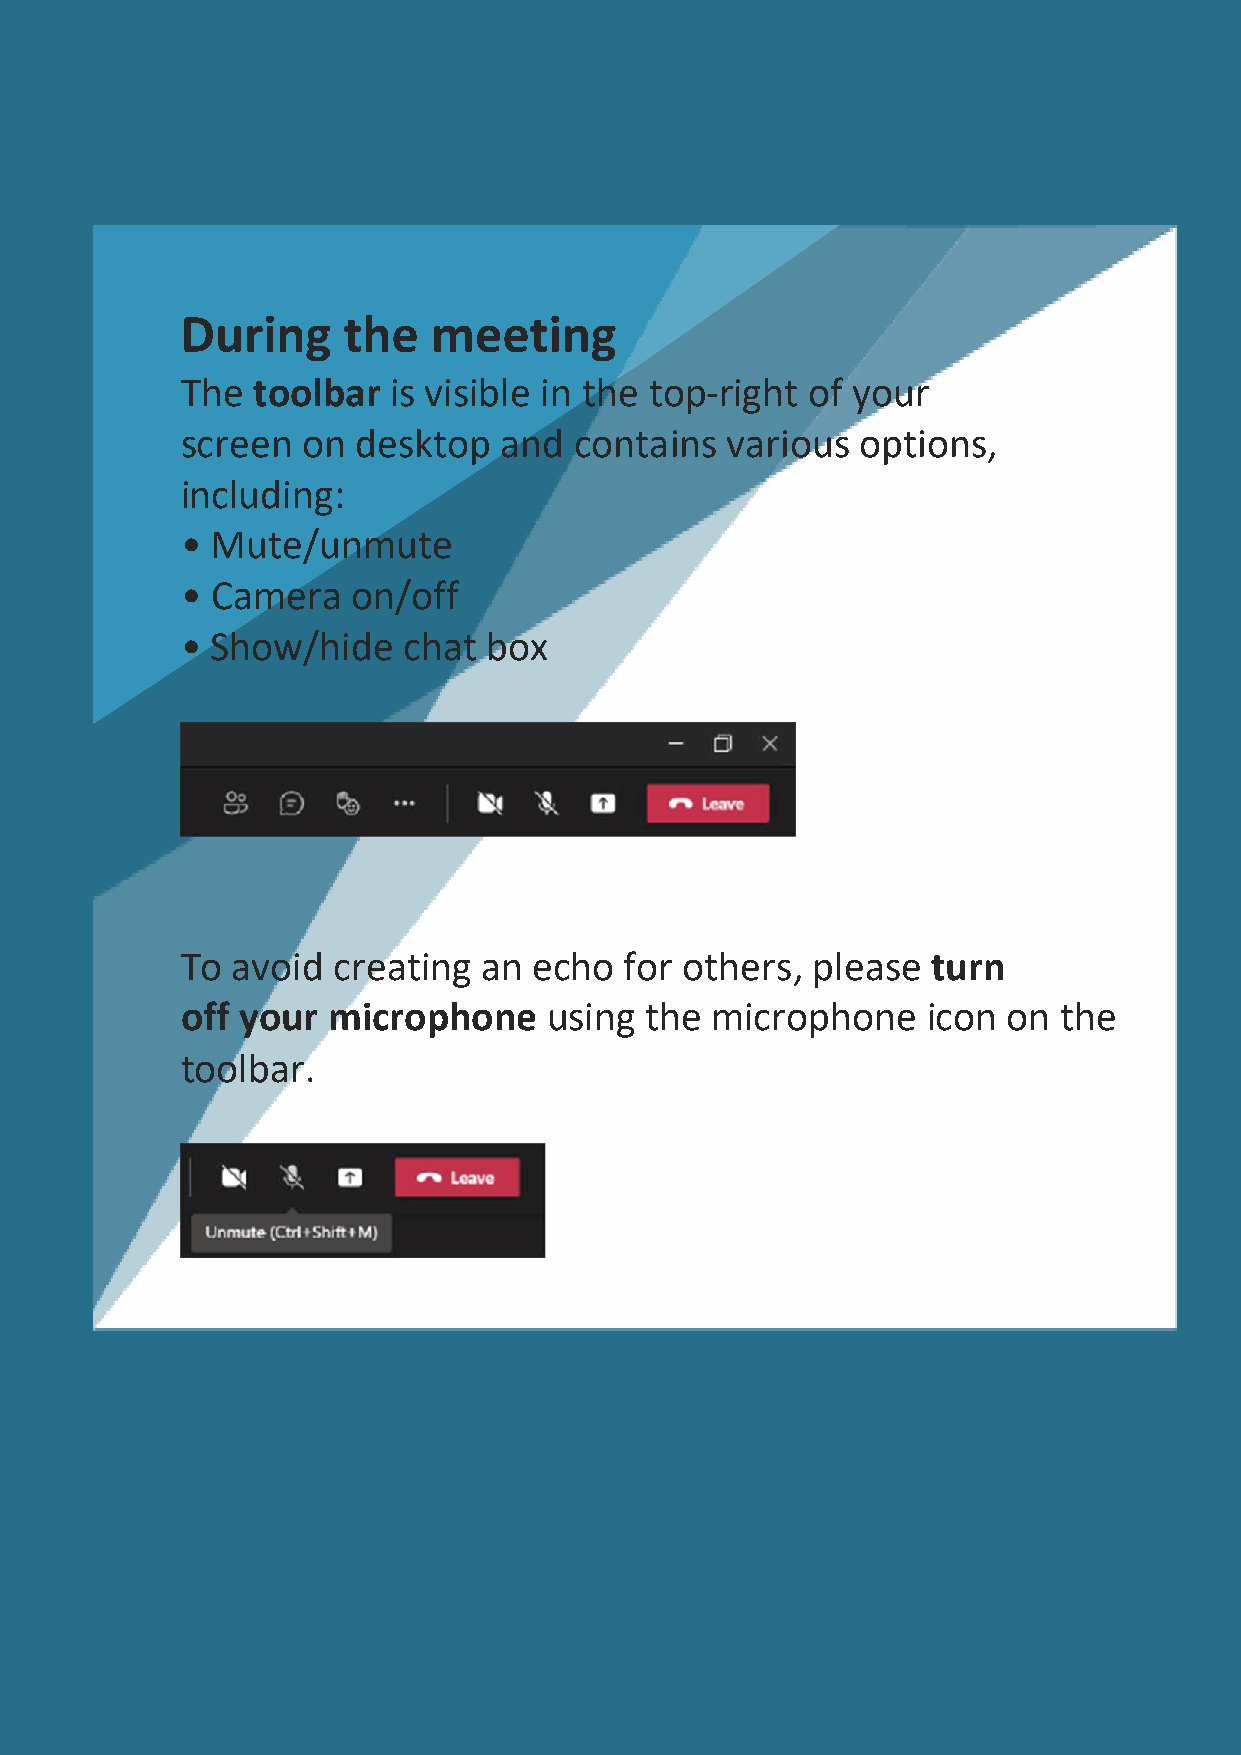
During     the   meeting
 The  toolbar  is visible in the top-right of your
 screen  on  desktop  and  contains  various  options,
 including:
 • Mute/unmute
 • Camera   on/off
 • Show/hide    chat box
 To avoid  creating  an echo  for others,  please  turn
 off your  microphone    using  the microphone    icon  on the
 toolbar.